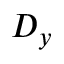
D _ { y }